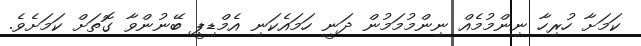
ކަމަށާ ހުރިހާ ނިންމުމެއް ނިންމުމަމުން ދަނީ ހަމައެކަނި އެމްޑިޕީ ބޭނުންވާ ގޮތަށް ކަމަށެވެ.